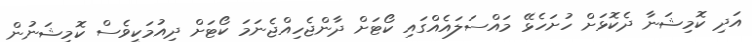
އަދި ކޮމިޝަނާ ދެކޮޅަށް ހުށަހެޅޭ މައްސަލައެއްގައި ކޯޓަށް ދާންޖެހިއްޖެނަމަ ކޯޓަށް ދިއުމަކީވެސް ކޮމިޝަނުން